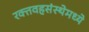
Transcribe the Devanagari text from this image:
रक्तवहसंस्थेमध्ये